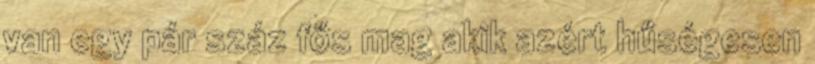
van egy pár száz fős mag akik azért hűségesen